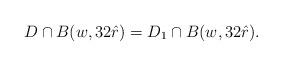
LaTeX: \begin{align*} D \cap B ( w, 32 \hat r ) = D_1 \cap B ( w, 32 \hat r ). \end{align*}